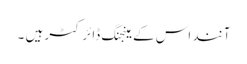
آنند اس کے مینجنگ ڈائرکٹر ہیں ۔